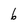
Character: 6